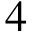
4